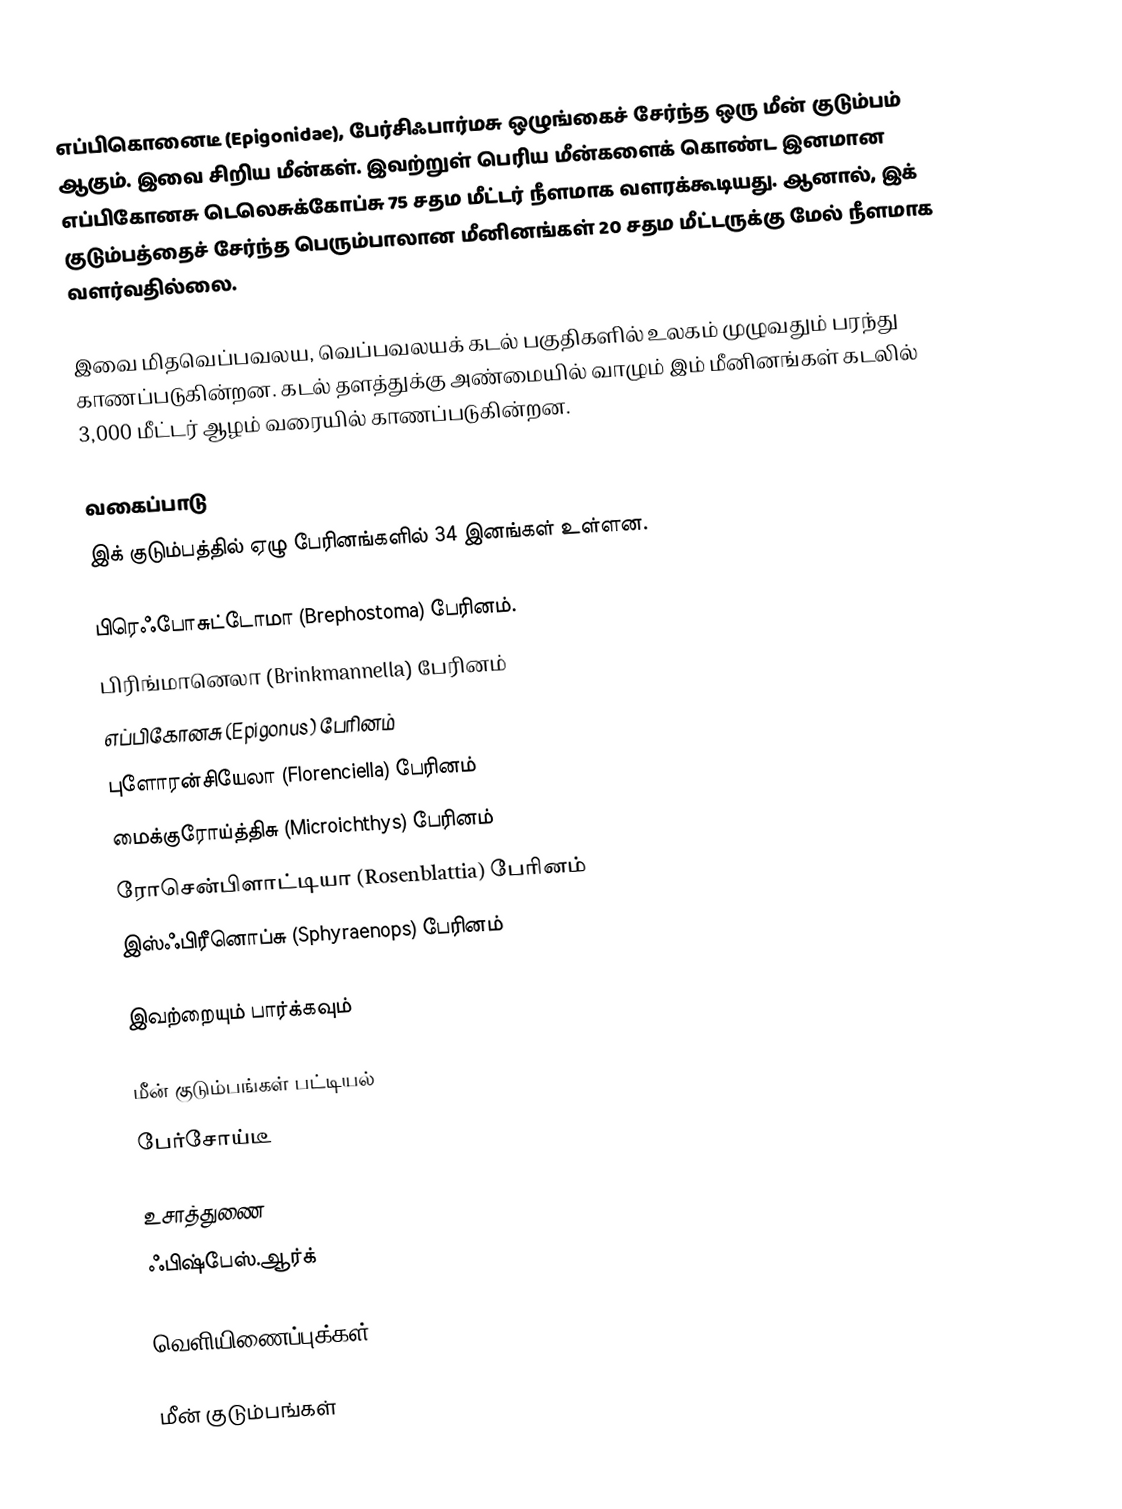
எப்பிகொனைடீ (Epigonidae), பேர்சிஃபார்மசு ஒழுங்கைச் சேர்ந்த ஒரு மீன் குடும்பம் ஆகும். இவை சிறிய மீன்கள். இவற்றுள் பெரிய மீன்களைக் கொண்ட இனமான எப்பிகோனசு டெலெசுக்கோப்சு 75 சதம மீட்டர் நீளமாக வளரக்கூடியது. ஆனால், இக் குடும்பத்தைச் சேர்ந்த பெரும்பாலான மீனினங்கள் 20 சதம மீட்டருக்கு மேல் நீளமாக வளர்வதில்லை.

இவை மிதவெப்பவலய, வெப்பவலயக் கடல் பகுதிகளில் உலகம் முழுவதும் பரந்து காணப்படுகின்றன. கடல் தளத்துக்கு அண்மையில் வாழும் இம் மீனினங்கள் கடலில் 3,000 மீட்டர் ஆழம் வரையில் காணப்படுகின்றன.

வகைப்பாடு
இக் குடும்பத்தில் ஏழு பேரினங்களில் 34 இனங்கள் உள்ளன.

 பிரெஃபோசுட்டோமா (Brephostoma) பேரினம்.
 பிரிங்மானெலா (Brinkmannella) பேரினம்
 எப்பிகோனசு (Epigonus) பேரினம்
 புளோரன்சியேலா (Florenciella) பேரினம்
 மைக்குரோய்த்திசு (Microichthys) பேரினம்
 ரோசென்பிளாட்டியா (Rosenblattia) பேரினம்
 இஸ்ஃபிரீனொப்சு (Sphyraenops) பேரினம்

இவற்றையும் பார்க்கவும்

 மீன் குடும்பங்கள் பட்டியல்
 பேர்சோய்டீ

உசாத்துணை
 ஃபிஷ்பேஸ்.ஆர்க்

வெளியிணைப்புக்கள்

மீன் குடும்பங்கள்